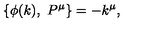
\{ \phi ( k ) , \ P ^ { \mu } \} = - k ^ { \mu } ,